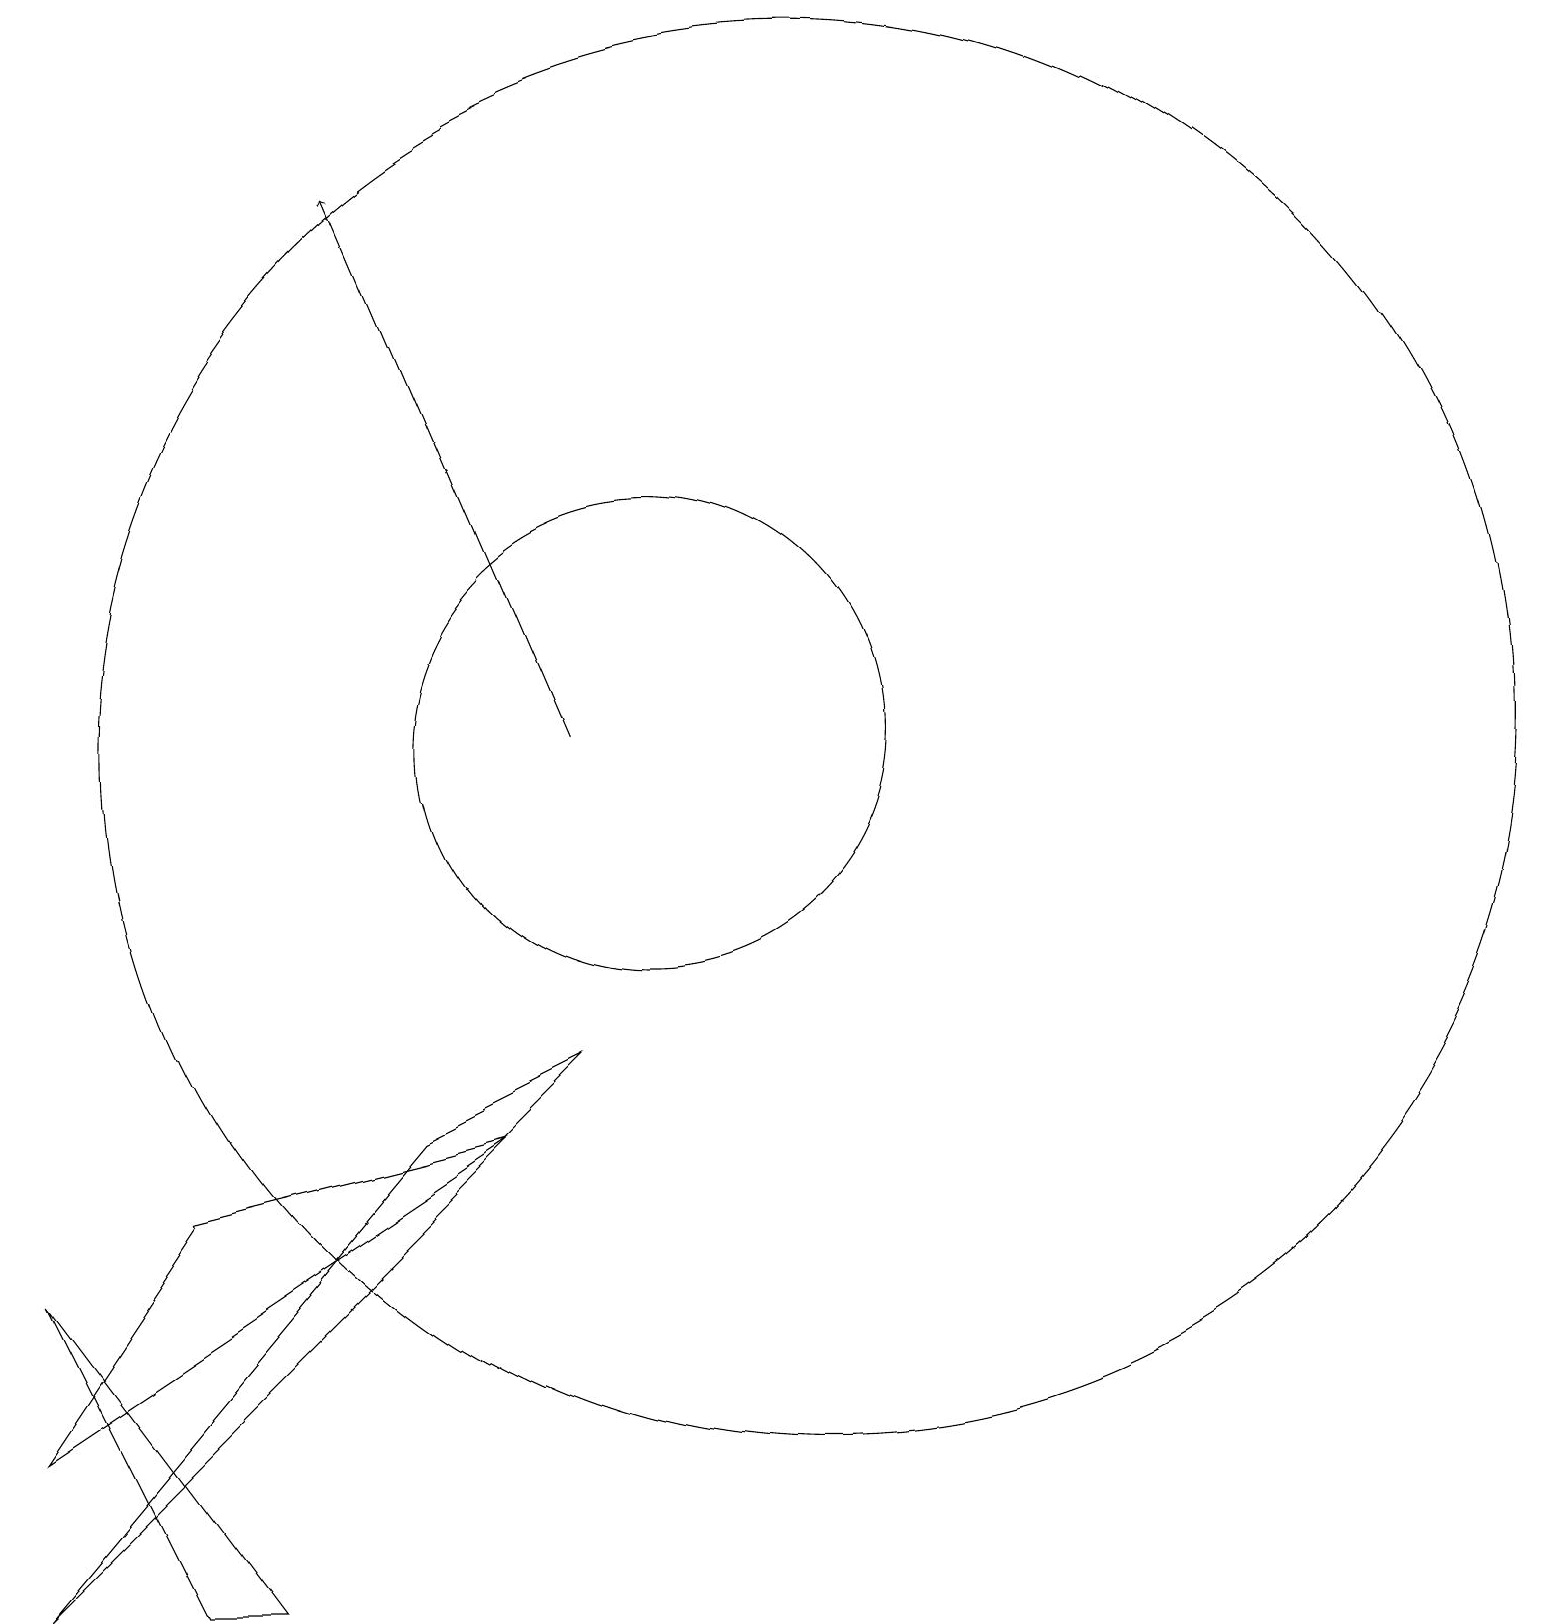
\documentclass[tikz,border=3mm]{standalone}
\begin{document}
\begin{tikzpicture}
\draw (12,11) circle (9);
\draw (7,6) -- (9,7) -- (2,0) -- cycle;
\draw (4,5) -- (2,2) -- (8,6) -- cycle;
\draw (2,4) -- (4,0) -- (5,0) -- cycle;
\draw (10,11) circle (3);
\draw[->] (9,11) -- (6,18);
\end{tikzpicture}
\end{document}